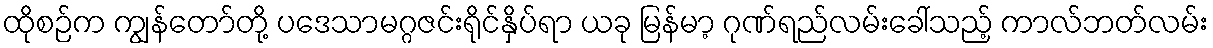
ထိုစဉ်က ကျွန်တော်တို့ ပဒေသာမဂ္ဂဇင်းရိုင်နှိပ်ရာ ယခု မြန်မာ့ ဂုဏ်ရည်လမ်းခေါ်သည့် ကာလ်ဘတ်လမ်း